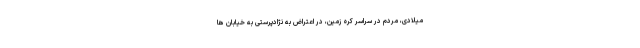
میلادی، مردم در سراسر کره زمین، در اعتراض به نژادپرستی به خیابان ها